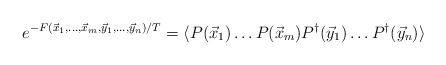
LaTeX: \begin{align*}e^{-F(\vec x_1,\ldots,\vec x_m,\vec y_1,\ldots,\vec y_n)/T}=\langle P(\vec x_1)\ldots P(\vec x_m)P^{\dagger}(\vec y_1)\ldots P^{\dagger}(\vec y_n)\rangle\end{align*}